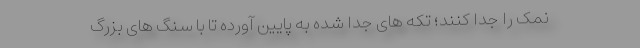
نمک را جدا کنند؛ تکه های جدا شده به پایین آورده تا با سنگ های بزرگ